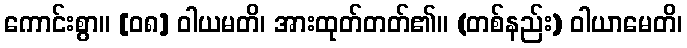
ကောင်းစွာ။ [၀၈] ဝါယမတိ၊ အားထုတ်တတ်၏။ (တစ်နည်း) ဝါယာမေတိ၊